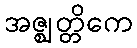
အဇ္ဈတ္တိကေ